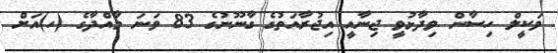
ވަކީލް ހިސާން ވިދާޅުވީ ޖިނާއީ އިޖުރާއަތުގެ ގާނޫނުގެ 83 ވަނަ މާއްދާގެ (ހ)އަށް